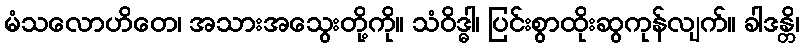
မံသလောဟိတေ၊ အသားအသွေးတို့ကို။ သံဝိဒ္ဓါ၊ ပြင်းစွာထိုးဆွကုန်လျက်။ ခါဒန္တိ၊